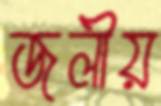
জলীয়